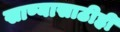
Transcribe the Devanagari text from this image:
खाण्यासाठीही